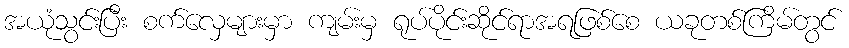
အယုံသွင်းပြီး စက်လှေများမှာ ကျမ်းမှ ရုပ်ပိုင်းဆိုင်ရာအရဖြစ်စေ ယခုတစ်ကြိမ်တွင်